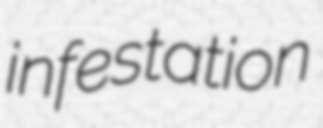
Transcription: infestation